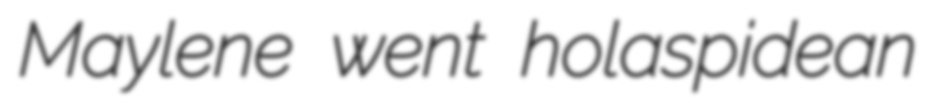
Maylene went holaspidean